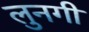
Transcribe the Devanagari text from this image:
लुनगी